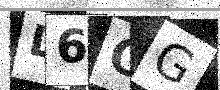
Text: L6OG